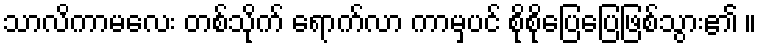
သာလိကာမလေး တစ်သိုက် ရောက်လာ ကာမှပင် စိုစိုပြေပြေဖြစ်သွား၏ ။